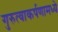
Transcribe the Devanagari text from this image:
गुरुत्वाकर्षणामध्ये